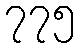
၇၇၅